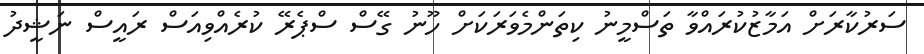
ސަރުކާރަށް އަމާޒުކުރައްވާ ތަސްމީނު ކިތަންމެވަރަކަށް ހޫނު ގޭސް ސްޕެރޭ ކުރެއްވިއަސް ރައީސް ނަޝީދު